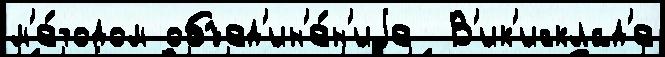
м'е́тодом объед'ин'е́н'иjе  В'ик'исклад'е